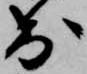
出